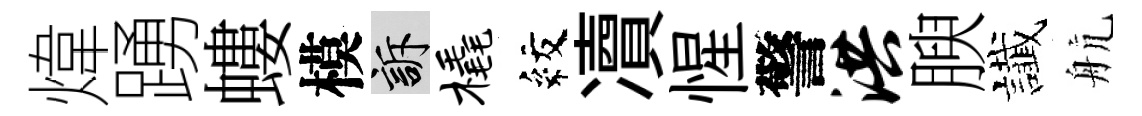
煒踴螻模訴橇紋凟惺警洪腴䜟航